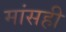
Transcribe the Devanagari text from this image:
मांसही